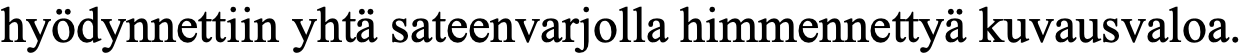
hyödynnettiin yhtä sateenvarjolla himmennettyä kuvausvaloa.